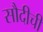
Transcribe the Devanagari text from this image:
सौदीची